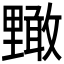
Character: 𮡜